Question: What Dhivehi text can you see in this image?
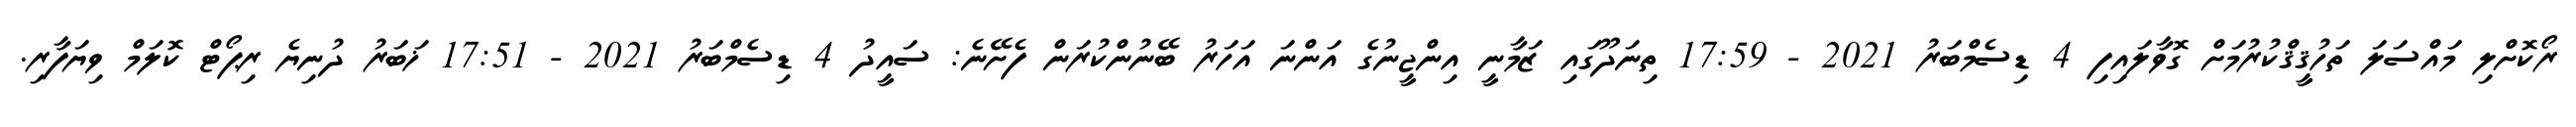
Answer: ރޯކޮށްލި މައްސަލަ ތަހުޤީޤްކުރުމަށް ގޮވާލައިފި 4 ޑިސެމްބަރު 2021 - 17:59 ތިނަދޫގައި ޒަމާނީ އިންޖީނުގެ އަންނަ އަހަރު ބޭނުންކުރަން ފެށޭނެ: ސައީދު 4 ޑިސެމްބަރު 2021 - 17:51 ޚަބަރު ދުނިޔެ ރިޕޯޓް ކޮލަމް ވިޔަފާރި.